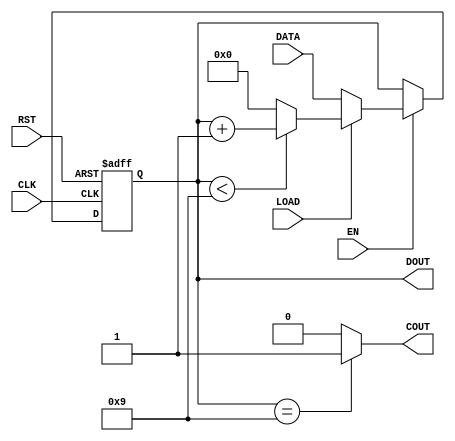
module CNT10 (CLK,RST,EN,LOAD,COUT,DOUT,DATA);

input 	CLK,EN,RST,LOAD;  //Clock Enable, Reset, Data Load
								   //Control Signals
input 	[3:0] DATA ;  	   //4-bit parallel loading data
output 	[3:0] DOUT ;  		//4-bit count output
output 			COUT ;  		//Counting carry output

reg 		[3:0] Q1 ; 
reg 				COUT ;

assign DOUT = Q1;  //Output the internal register count result to DOUT

always @(posedge CLK or negedge RST)  begin  //Timing process
	if (!RST) Q1 <= 0;  //Asynchronously clear the internal register unit
							  //when RST=0
	else if (EN) begin  //Synchronization  enable EN=1, allows loading or counting
		if (!LOAD)  //When LOAD=0, data is loaded into internal registers
			Q1 <= DATA;  
		else if (Q1 < 9)  //Accumulation allowed when Q1 is less than 9
			Q1 <= Q1+1;  
		else  //Otherwise clear and return to initial value
			Q1 <= 4'b0000; 
	end
	//after one clock
end


always @(Q1) begin //Combination process
	if (Q1 == 4'h9) 
		COUT = 1'b1; 
	else 
		COUT = 1'b0;
end
		
endmodule